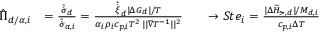
\begin{array} { r } { \begin{array} { r l r l } { \hat { \Pi } _ { d / \alpha , i } } & { = \frac { \hat { \dot { \sigma } } _ { d } } { \hat { \dot { \sigma } } _ { \alpha , i } } = \frac { { \hat { \dot { \xi } } _ { d } } { | \Delta G _ { d } | } / { T } } { { \alpha _ { i } \rho _ { i } c _ { p , i } T ^ { 2 } } \, | | \nabla { T } ^ { - 1 } | | ^ { 2 } } } & & { \to { S t e } _ { i } = \frac { | \Delta \widetilde { H } _ { \lat , d } | / M _ { d , i } } { c _ { p , i } \Delta T } } \end{array} } \end{array}